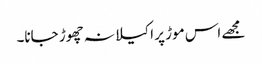
مجھے اس موڑ پر اکیلا نہ چھوڑ جانا۔